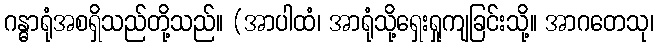
ဂန္ဓာရုံအစရှိသည်တို့သည်။ (အာပါထံ၊ အာရုံသို့ရှေးရှုကျခြင်းသို့။ အာဂတေသု၊